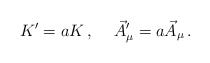
\begin{align*}K^{\prime} = a K\, ,\hspace{.5cm}\vec{A}_{\mu}^{\prime} = a \vec{A}_{\mu}\, .\end{align*}